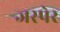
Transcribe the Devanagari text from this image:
जस्पेर